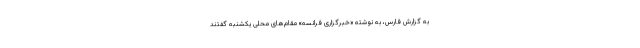
به گزارش فارس، به نوشته «خبرگزاری فرانسه» مقام‌های محلی یکشنبه گفتند